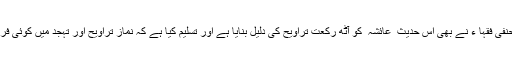
جناب انور شاہ کاشمیری دیوبندی کے علاوہ متعدد حنفی فقہا ء نے بھی اس حدیث ِ عائشہ ؓ کو آٹھ رکعت تراویح کی دلیل بنایا ہے اور تسلیم کیا ہے کہ نمازِ تراویح اور تہجد میں کوئی فرق نہیں ہے، یہ ایک ہی نماز کے دو مختلف نام ہیں ۔